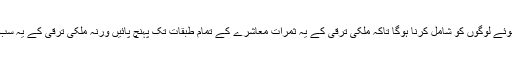
ملکی پالیسی سازی میں پسماندہ اور پسے ہوئے لوگوں کو شامل کرنا ہوگا تاکہ ملکی ترقی کے یہ ثمرات معاشرے کے تمام طبقات تک پہنچ پائیں ورنہ ملکی ترقی کے یہ سب دعوے دھرے کے دھرے رہ جائیں گے ۔